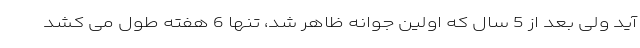
آید ولی بعد از 5 سال که اولین جوانه ظاهر شد، تنها 6 هفته طول می کشد